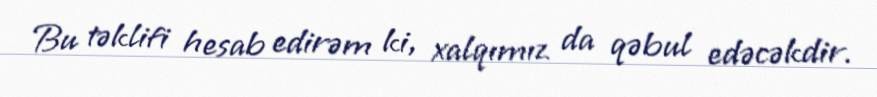
Bu təklifi hesab edirəm ki, xalqımız da qəbul edəcəkdir.